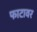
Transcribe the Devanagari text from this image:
फाटावर